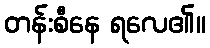
တန်းစီနေ ရလေ၏။